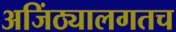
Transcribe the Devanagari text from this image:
अजिंठ्यालगतच